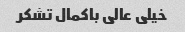
خیلی عالی باکمال تشکر